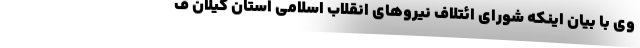
وی با بیان اینکه شورای ائتلاف نیروهای انقلاب اسلامی استان گیلان ف